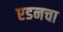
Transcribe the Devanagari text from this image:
एडनचा